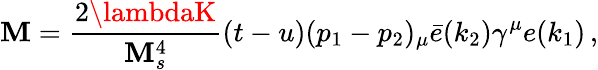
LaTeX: {\cal\mathbf{M}}={\frac{{2\lambdaK}}{{\mathbf{M}_{s}^{4}}}}(t-u)(p_{1}-p_{2})_{\mu}\bar{{e}}(k_{2})\gamma^{\mu}e(k_{1})\, ,